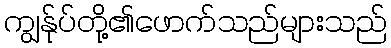
ကျွန်ုပ်တို့၏ဖောက်သည်များသည်